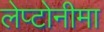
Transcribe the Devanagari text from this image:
लेप्टोनीमा